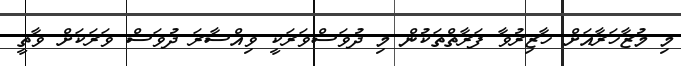
މި މުޒާހަރާއަށް ހާޒިރުވާ ފަރާތްތަކުން މި ދުވަސްވަރަކީ ވިއްސާރަ ދުވަސް ވަރަކަށް ވާތީ